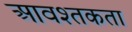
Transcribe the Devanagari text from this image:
आवश्तकता